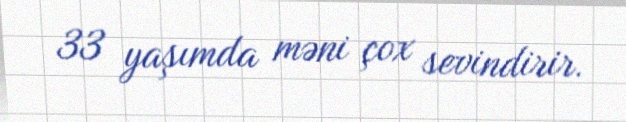
33 yaşımda məni çox sevindirir.